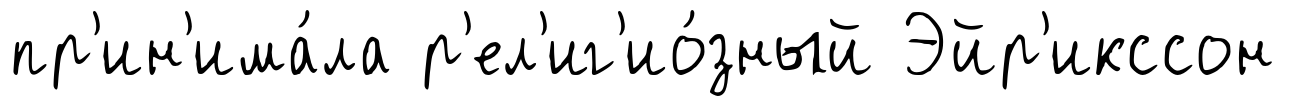
пр'ин'има́ла р'ел'иг'ио́зный Эйр'икссон